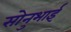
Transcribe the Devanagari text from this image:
सोनुभाई